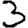
Digit: 3